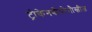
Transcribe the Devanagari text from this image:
ट्रोकेनबीयरेनौस्लीज